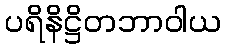
ပရိနိဋ္ဌိတဘာဝါယ